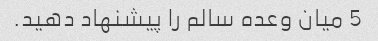
5 میان وعده سالم را پیشنهاد دهید.